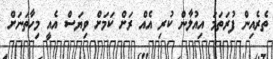
ތެރެއިން ފުރަތަމަ އިއުލާން ކުރި އެއް ރަށް ކަމަށް ވިޔަސް އެއީ މިހާތަނަށް